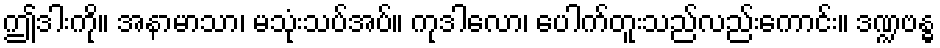
ဤဒါးကို။ အနာမာသာ၊ မသုံးသပ်အပ်။ ကုဒါလော၊ ပေါက်တူးသည်လည်းကောင်း။ ဒဏ္ဍဗန္ဓ